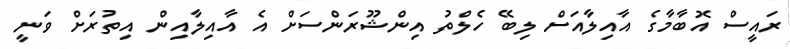
ރައީސް އޮބާމާގެ އާއިލާއަށް ލިބޭ ހެލްތު އިންޝޫރަންސަށް އެ އާއިލާއިން އިތުރަށް ވަނީ